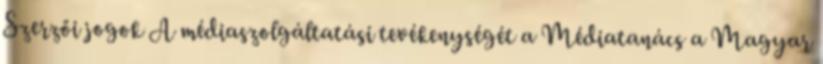
Szerzői jogok A médiaszolgáltatási tevékenységét a Médiatanács a Magyar